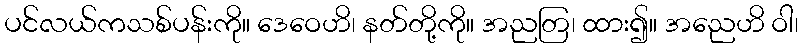
ပင်လယ်ကသစ်ပန်းကို။ ဒေဝေဟိ၊ နတ်တို့ကို။ အညတြ၊ ထား၍။ အညေဟိ ဝါ၊